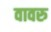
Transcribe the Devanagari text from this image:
वावरु